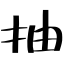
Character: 抽